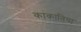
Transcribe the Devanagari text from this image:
काकातिया